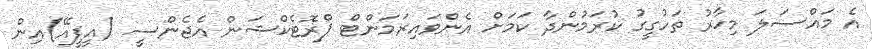
އެ މައްސަލަ މިހާރު ތަހުގީގު ކުރަމުންދާ ކަމަށް އެންވައިރަމަންޓް ޕްރޮޓެކްޝަން އެޖެންސީ (އީޕީއޭ)އިން